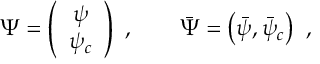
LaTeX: \Psi = \left( \begin{array} { c } { { \psi } } \\ { { \psi _ { c } } } \end{array} \right) \ , \qquad { \bar { \Psi } } = \left( { \bar { \psi } } , { \bar { \psi } } _ { c } \right) \ ,